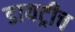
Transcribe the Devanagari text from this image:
डायट्रीच